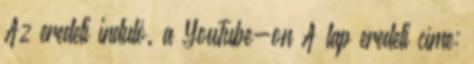
Az eredeti induló. a YouTube-on A lap eredeti címe: